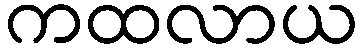
ကထလာယ